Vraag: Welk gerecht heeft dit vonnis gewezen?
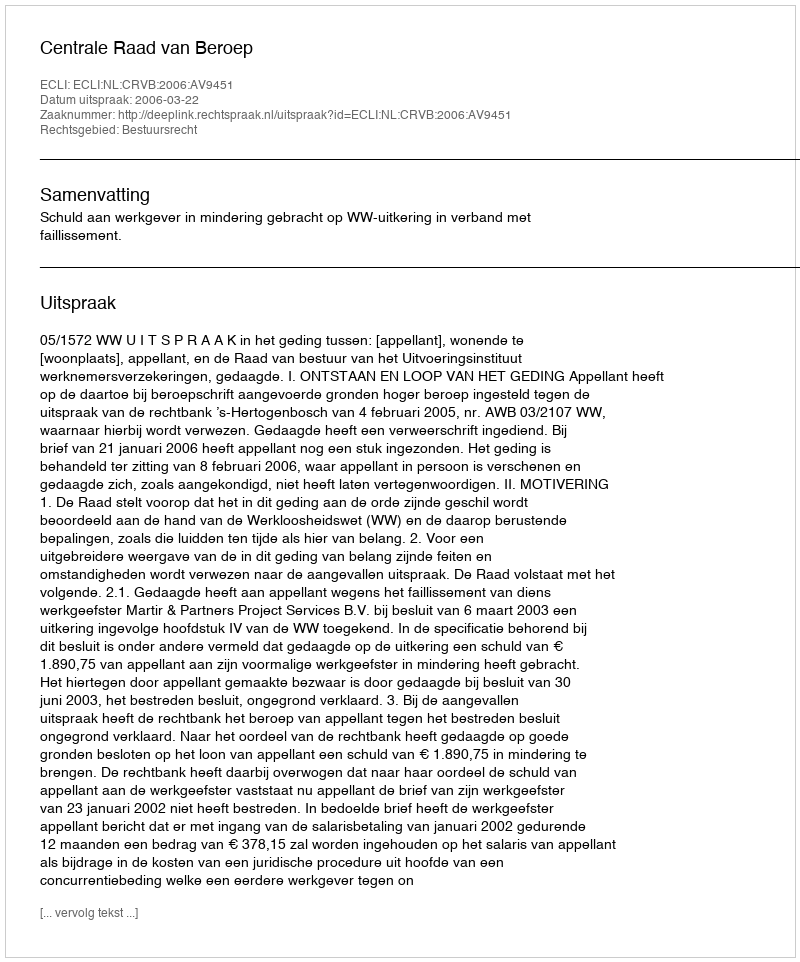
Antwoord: Centrale Raad van Beroep